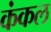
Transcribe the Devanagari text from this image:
कंकल